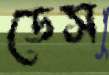
ডেস